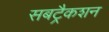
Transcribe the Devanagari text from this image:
सबट्रैकशन